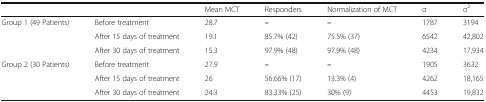
<table><thead><tr><td></td><td></td><td><b>Mean MCT</b></td><td><b>Responders</b></td><td><b>Normalization of MCT</b></td><td><b>σ</b></td><td><b>σ<sup>2</sup></b></td></tr></thead><tbody><tr><td rowspan="3">Group 1 (49 Patients)</td><td>Before treatment</td><td>28.7</td><td><b>–</b></td><td><b>–</b></td><td>1787</td><td>3194</td></tr><tr><td>After 15 days of treatment</td><td>19.1</td><td>85.7% (42)</td><td>75.5% (37)</td><td>6542</td><td>42,802</td></tr><tr><td>After 30 days of treatment</td><td>15.3</td><td>97.9% (48)</td><td>97.9% (48)</td><td>4234</td><td>17,934</td></tr><tr><td rowspan="3">Group 2 (30 Patients)</td><td>Before treatment</td><td>27.9</td><td><b>–</b></td><td><b>–</b></td><td>1905</td><td>3632</td></tr><tr><td>After 15 days of treatment</td><td>26</td><td>56.66% (17)</td><td>13.3% (4)</td><td>4262</td><td>18,165</td></tr><tr><td>After 30 days of treatment</td><td>24.3</td><td>83.33% (25)</td><td>30% (9)</td><td>4453</td><td>19,832</td></tr></tbody></table>